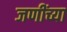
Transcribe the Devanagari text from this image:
जणींच्या